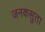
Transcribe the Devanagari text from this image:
जनकसुता